Leaving Certificate Examination, 1919
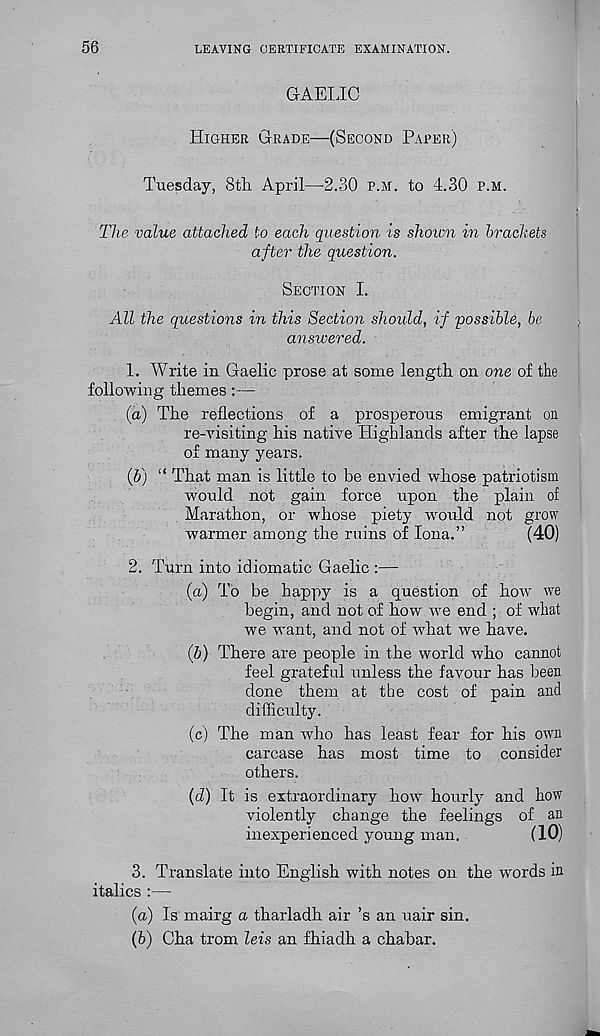
56
LEAVING CERTIFICATE EXAMINATION.
GAELIC
Higher Grade—(Second Paper)
Tuesday, 8th April—-2.30 p.m. to 4.30 p.m.
The value attached to each question is shown in brackets
after the question.
Section I.
All the questions in this Section should, if possible, be
answered.
1. Write in Gaelic prose at some length on one of the
following themes:—
(a) The reflections of a prosperous emigrant on
re-visiting his native Highlands after the lapse
of many years.
(b) “ That man is little to be envied whose patriotism
would not gain force upon the plain of
Marathon, or whose piety would not grow
warmer among the ruins of Iona.”
(40)
2. Turn into idiomatic Gaelic
(a) To be happy is a question of how we
begin, and not of how we end ; of what
we want, and not of what we have.
(b) There are people in the world who cannot
feel grateful unless the favour has been
done them at the cost of pain and
difficulty.
(c) The man who has least fear for his own
carcase has most time to consider
others.
(d) It is extraordinary how hourly and how
violently change the feelings of an
inexperienced young man.
(10)
3. Translate into English with notes on the words in
italics :—
(a) Is mairg a tharladh air’s an uair sin.
(b) Cha trom leis an fhiadh a chabar.